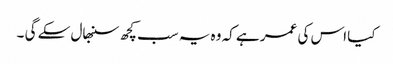
کیا اس کی عمر ہے کہ وہ یہ سب کچھ سنبھال سکے گی ۔